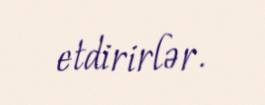
etdirirlər.